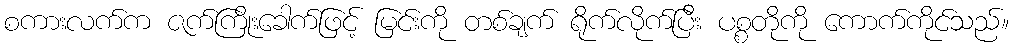
စကားလက်က ဇက်ကြိုးခေါက်ဖြင့် မြင်းကို တစ်ချက် ရိုက်လိုက်ပြီး ပစ္စတိုကို ကောက်ကိုင်သည်။